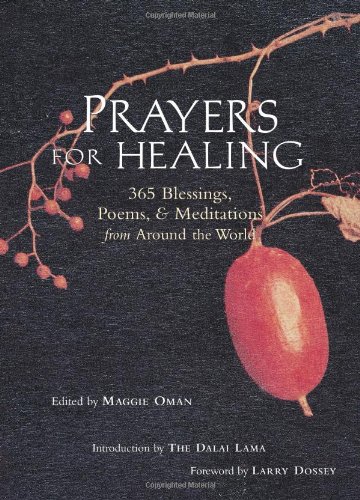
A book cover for Prayers for Healing: 365 Blessings, Poems, & Meditations from Around the World; Religion & Spirituality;